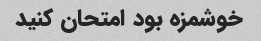
خوشمزه بود امتحان کنید